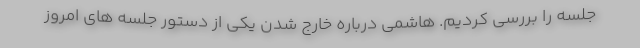
جلسه را بررسی کردیم. هاشمی درباره خارج شدن یکی از دستور جلسه های امروز